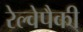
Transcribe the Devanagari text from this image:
रेल्वेपैकी